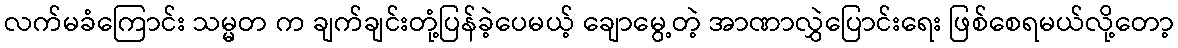
လက်မခံကြောင်း သမ္မတ က ချက်ချင်းတုံ့ပြန်ခဲ့ပေမယ့် ချောမွေ့တဲ့ အာဏာလွှဲပြောင်းရေး ဖြစ်စေရမယ်လို့တော့